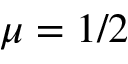
\mu = 1 / 2